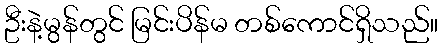
ဦးနဲ့မွန်တွင် မြင်းပိန်မ တစ်ကောင်ရှိသည်။